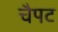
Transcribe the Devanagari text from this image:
चैपट